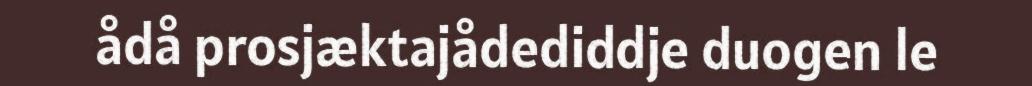
ådå prosjæktajådediddje duogen le